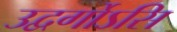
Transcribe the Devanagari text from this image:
उद्वर्गोऽसि